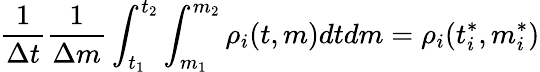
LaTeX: {\frac{1}{\Delta t}}{\frac{1}{\Delta m}}\int_{t_{1}}^{t_{2}}\int_{m_{1}}^{m_{2}}\rho_{i}(t,m)dtdm=\rho_{i}(t_{i}^{*},m_{i}^{*})